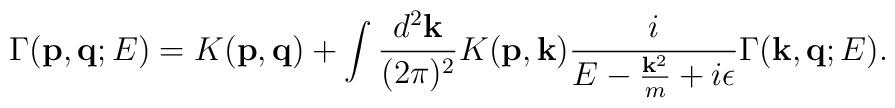
\Gamma({\bf p},{\bf q};E)=K({\bf p},{\bf q})+\int\frac{d^2 {\bf k}}{(2\pi)^2}K({\bf p},{\bf k})\frac{i}{E-\frac{{\bf k}^2}{m}+i\epsilon}\Gamma({\bf k},{\bf q};E).